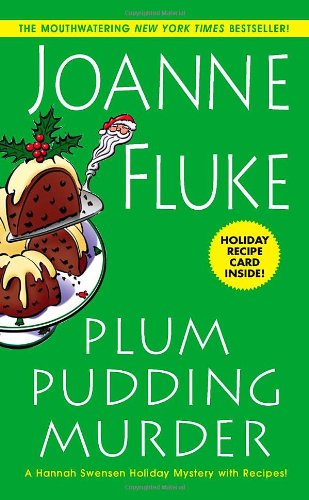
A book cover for Plum Pudding Murder (Hannah Swensen); Joanne Fluke; Mystery, Thriller & Suspense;